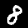
Digit: 8